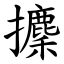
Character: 攈